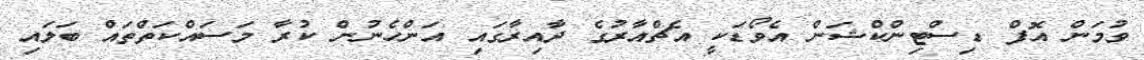
ވުމަން އޮފް ޑިސްޓިންކްޝަން އެވޯޑަކީ އެޗްއާރުގެ ދާއިރާގައި އަންހެނުން ކުރާ މަސައްކަތްތައް ބަލައި